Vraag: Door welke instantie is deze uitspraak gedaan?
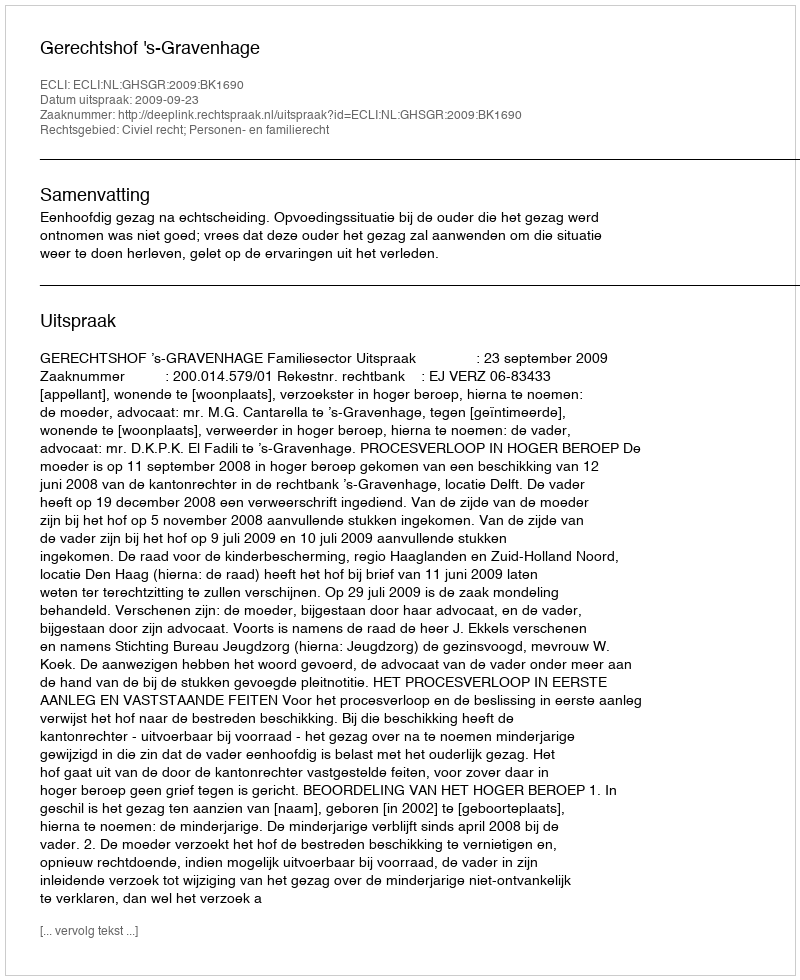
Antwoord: Gerechtshof 's-Gravenhage